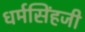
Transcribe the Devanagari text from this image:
धर्मसिंहजी